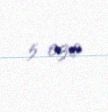
5 030